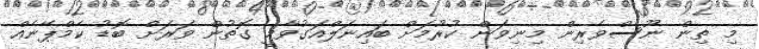
މި ތިން ނޫސްވެރިން މިނިވަން ކުރުމަށް ބައިނަލްއަގުވާމީ ގޮތުން ވަރަށް ބޮޑު ކެމްޕޭނެއް